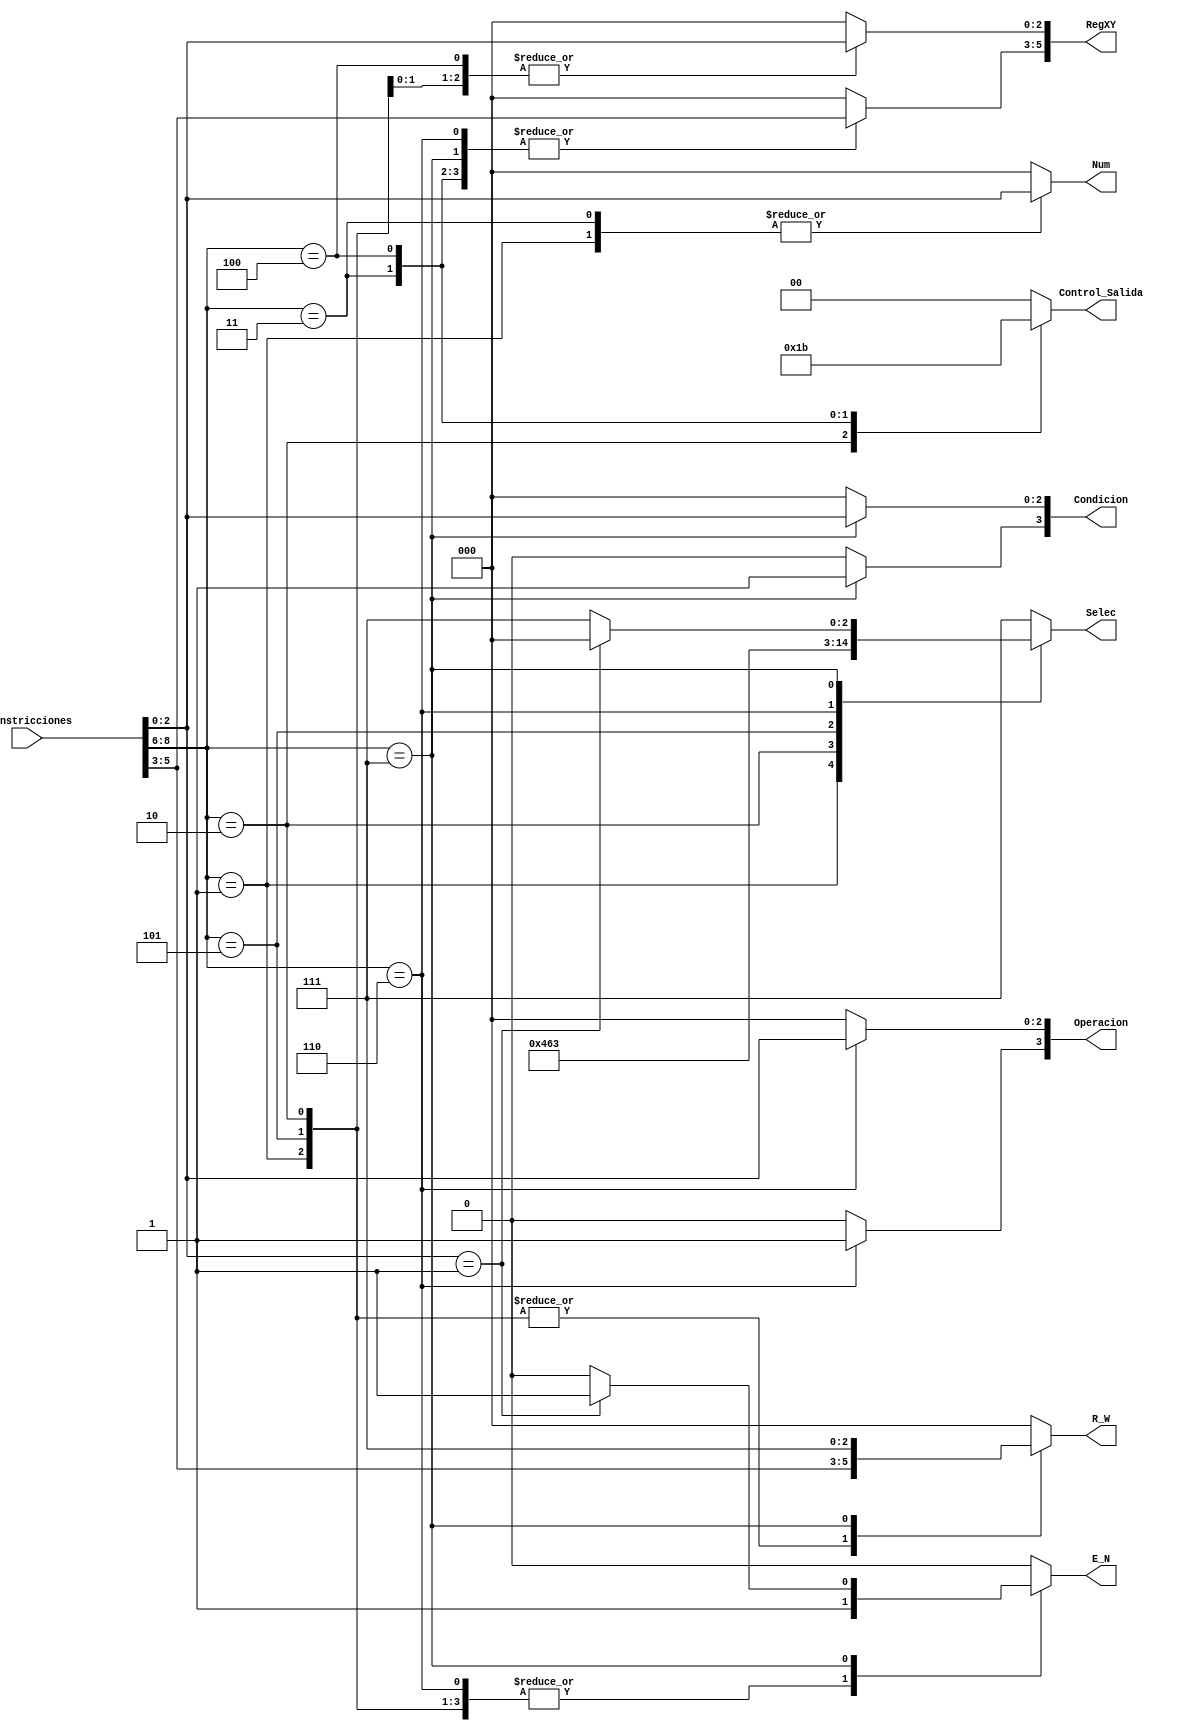
module Unidad_de_Control(
	input [8:0] i_Instricciones,
	output reg E_N,
    output reg [2:0] R_W,
    output reg [2:0] Selec,
    output reg [2:0] Num,
    output reg [3:0] Condicion,
    output reg [3:0] Operacion,
	output reg [1:0] Control_Salida,
	output reg [5:0] RegXY
);


always @(i_Instricciones)begin
			case(i_Instricciones[8:6] ) //Evalua la instruccion a realizar
				3'b001: begin // LOAD Num
					E_N <= 1;
					R_W <= i_Instricciones[5:3];
					Selec <= 3'b010;
					Num <= i_Instricciones[2:0];
					Condicion <= 4'b0000;
					Operacion <= 4'b0000;
					Control_Salida <= 2'b00;
					RegXY <= 6'b000000;
				end
				3'b010: begin //LOAD EN RX
					E_N <= 1;
					R_W <= i_Instricciones[5:3];
					Selec <= 3'b001;
					Num <= 3'b000;
					Condicion <= 4'b0000;
					Operacion <= 4'b0000;
					Control_Salida <= 2'b01;
					RegXY[5:3] <= 3'b000;
					RegXY[2:0] <= i_Instricciones[2:0];
				end
				3'b011: begin // STORE Num
					E_N <= 0;
					R_W <= 3'b000;
					Selec <= 3'b111;
					Num <= i_Instricciones[2:0];
					Condicion <= 4'b0000;
					Operacion <= 4'b0000;
					Control_Salida <= 2'b10;
					RegXY[5:3] <= i_Instricciones[5:3];
					RegXY[2:0] <= 3'b000;
				end
				3'b100: begin //STORE [RY] en RX
					E_N <= 0;
					R_W <= 3'b000;
					Selec <= 3'b111;
					Num <= 3'b000;
					Condicion <= 4'b0000;
					Operacion <= 4'b0000;
					Control_Salida <= 2'b11;
					RegXY <= i_Instricciones[5:0];
				end
				3'b101: begin // Move
					E_N <= 1;
					R_W <= i_Instricciones[5:3];
					Selec <= 3'b100;
					Num <= 3'b000;
					Condicion <= 4'b0000;
					Operacion <= 4'b0000;
					Control_Salida <= 2'b00;
					RegXY[5:3] <= 3'b000;
					RegXY[2:0] <= i_Instricciones[2:0];
				end
				3'b110: begin //Math
					E_N <= 1;
					R_W <= 3'b000;
					Selec <= 3'b011;
					Num <= 3'b000;
					Condicion <= 4'b0000;
					Operacion[2:0] <= i_Instricciones[2:0];
					Operacion[3] <= 1;
					Control_Salida <= 2'b00;
					RegXY[5:3] <= i_Instricciones[5:3];
					RegXY[2:0] <= 3'b000;
				end
				3'b111: begin  //Jump
					//E_N <= 0;
					R_W <= 3'b111;
					Num <= 3'b000;
					Condicion[2:0] <= i_Instricciones[2:0];
					Condicion[3] <= 1;
					Operacion <= 4'b0000;
					Control_Salida <= 2'b00;
					RegXY[5:3] <= i_Instricciones[5:3];
					RegXY[2:0] <= 3'b000;
						if (i_Instricciones[2:0] == 2'b001)begin
							E_N <= 1;
							Selec <= 0;
					    end
						else begin
     						E_N <= 0;
     						Selec <= 7;
     					end
				end
				default begin  //NO Operacion
					E_N <= 0;
					R_W <= 3'b000;
					Selec <= 3'b111;
					Num <= 3'b000;
					Condicion <= 4'b0000;
					Operacion <= 4'b0000;
					Control_Salida <= 2'b00;
					RegXY <= 6'b000000;
				end
			endcase	
		end
endmodule